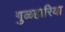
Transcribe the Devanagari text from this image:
गुळहारिया